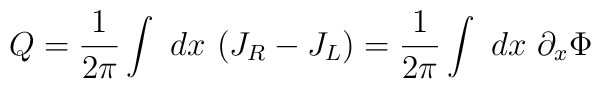
Q={1\over 2\pi}\int ~dx~(J_R-J_L)={1\over 2\pi}\int ~dx ~\partial_x\Phi